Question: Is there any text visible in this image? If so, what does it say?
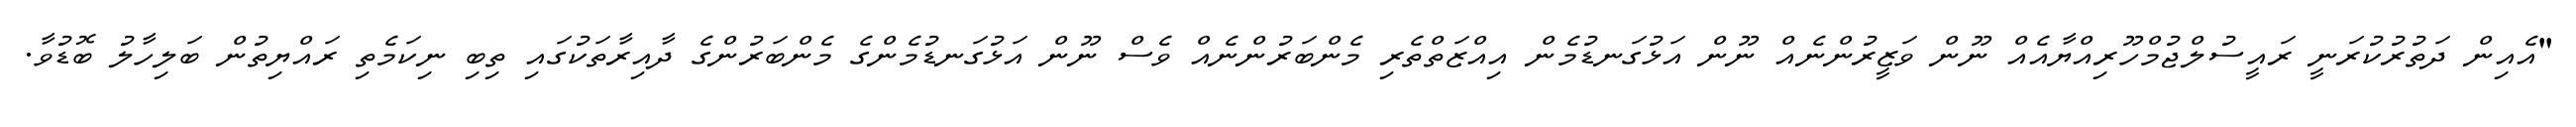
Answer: "އެއިން ދަތުރުކުރަނީ ރައީސުލްޖުމްހޫރިއްޔާއެއް ނޫން ވަޒީރުންނެއް ނޫން އަޅުގަނޑުމެން އިއްޒަތްތެރި މެންބަރުންނެއް ވެސް ނޫން އަޅުގަނޑުމެންގެ މެންބަރުންގެ ދާއިރާތަކުގައި ތިބި ނިކަމެތި ރައްޔިތުން ބަލިހާލު ބޮޑުވާ.